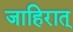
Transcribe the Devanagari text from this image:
जाहिरात्